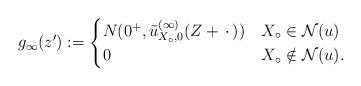
LaTeX: \begin{align*}g_\infty(z') := \begin{cases}N(0^+,\tilde u_{X_\circ,0}^{(\infty)}(Z + \,\cdot\,)) & X_\circ \in \mathcal{N}(u)\\0 & X_\circ \notin \mathcal{N}(u).\end{cases}\end{align*}